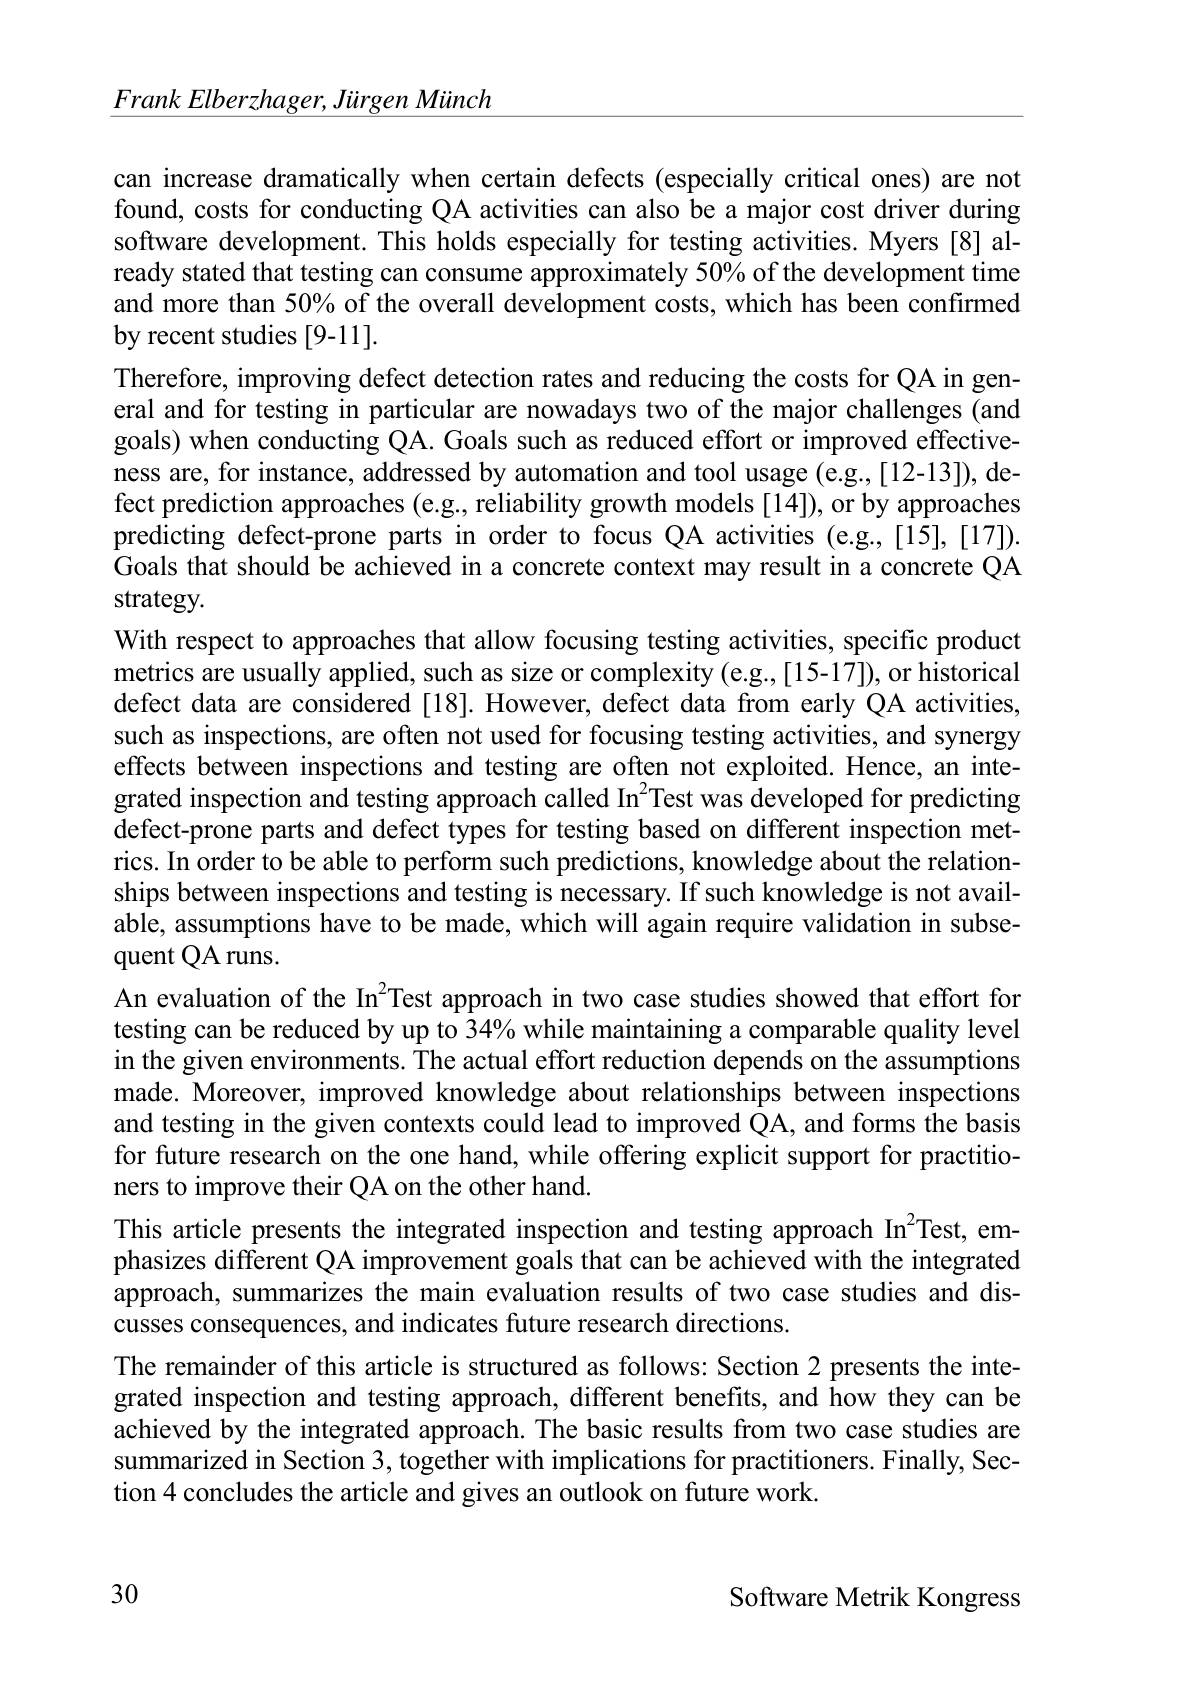
$\underline{FrankElberzhager,JirgenMiinch}$

can increase dramatically when certain defects (especially critical ones) are not found, costs for conducting QA activities can also be a major cost driver during software development. This holds especially for testing activities. Myers [8] already stated that testing can consume approximately 50% of the development time and more than $50\%$ of the overall development costs, which has been confirmed by recent studies [9-11].
Therefore, improving defect detection rates and reducing the costs for QA in general and for testing in particular are nowadays two of the major challenges (and goals) when conducting QA. Goals such as reduced effort or improved effectiveness are, for instance, addressed by automation and tool usage (e.g.,[12-13]), defect prediction approaches (e.g., reliability growth models [14]), or by approaches predicting defect-prone parts in order to focus QA activities (e.g.,[15],[17]). Goals that should be achieved in a concrete context may result in a concrete QA strategy.
With respect to approaches that allow focusing testing activities, specific product metrics are usually applied, such as size or complexity (e.g.,[15-17]), or historical defect data are considered [18]. However, defect data from early QA activities, such as inspections, are often not used for focusing testing activities, and synergy effects between inspections and testing are often not exploited. Hence, an integrated inspection and testing approach called In$^{2}$Test was developed for predicting defect-prone parts and defect types for testing based on different inspection metrics. In order to be able to perform such predictions, knowledge about the relationships between inspections and testing is necessary. If such knowledge is not available, assumptions have to be made, which will again require validation in subsequent QA runs.
An evaluation of the In$^{2}$Test approach in two case studies showed that effort for testing can be reduced by up to 34% while maintaining a comparable quality level in the given environments. The actual effort reduction depends on the assumptions made. Moreover, improved knowledge about relationships between inspections and testing in the given contexts could lead to improved QA, and forms the basis for future research on the one hand, while offering explicit support for practitioners to improve their QA on the other hand.
This article presents the integrated inspection and testing approach In$^{2}$Test, emphasizes different QA improvement goals that can be achieved with the integrated approach, summarizes the main evaluation results of two case studies and discusses consequences, and indicates future research directions.
The remainder of this article is structured as follows: Section 2 presents the integrated inspection and testing approach, different benefits, and how they can be achieved by the integrated approach. The basic results from two case studies are summarized in Section 3, together with implications for practitioners. Finally, Section 4 concludes the article and gives an outlook on future work.

30

Software Metrik Kongress